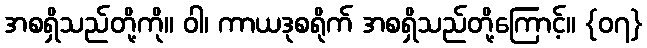
အစရှိသည်တို့ကို။ ဝါ၊ ကာယဒုစရိုက် အစရှိသည်တို့ကြောင့်။ {၀၇}